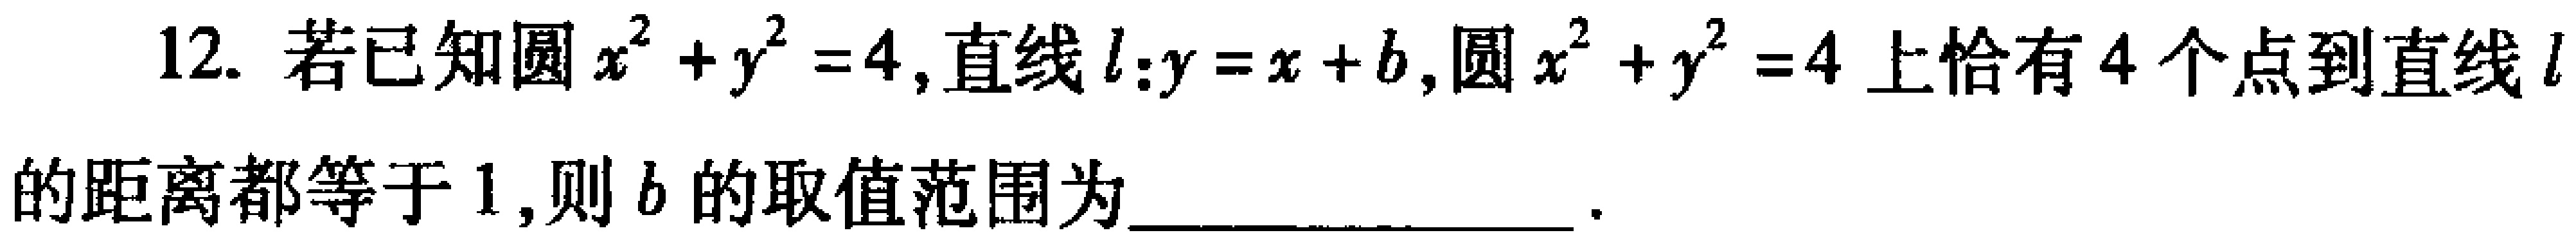
12. 若已知圆$x^{2}+y^{2}=4$,直线$l:y = x + b$,圆$x^{2}+y^{2}=4$上恰有$4$个点到直线$l$的距离都等于$1$,则$b$的取值范围为________________.